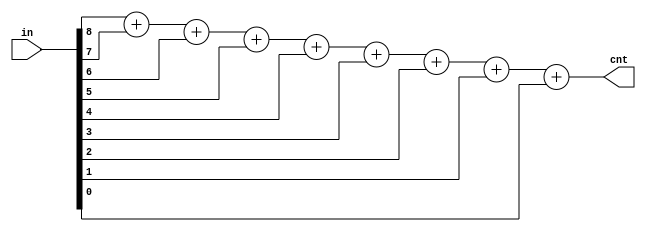
module PopCnt9(
    input [8:0]  in,
    output [3:0] cnt
    );
    
    assign cnt = {3'h0, in[8]} + 
                 {3'h0, in[7]} + 
                 {3'h0, in[6]} + 
                 {3'h0, in[5]} + 
                 {3'h0, in[4]} + 
                 {3'h0, in[3]} + 
                 {3'h0, in[2]} + 
                 {3'h0, in[1]} + 
                 {3'h0, in[0]};
endmodule